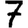
Digit: 7